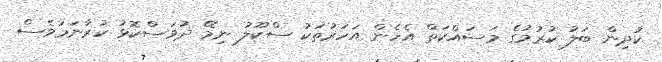
ކުދިން ބަލު ކުރުމުގެ މަސައްކަތް އެހެން އަހަރުތަކު ސްކޫލު ނިމޭ ދުވަސްކޮޅު ކުރާނަމަވެސް